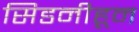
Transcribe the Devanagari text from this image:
सिडनीहून